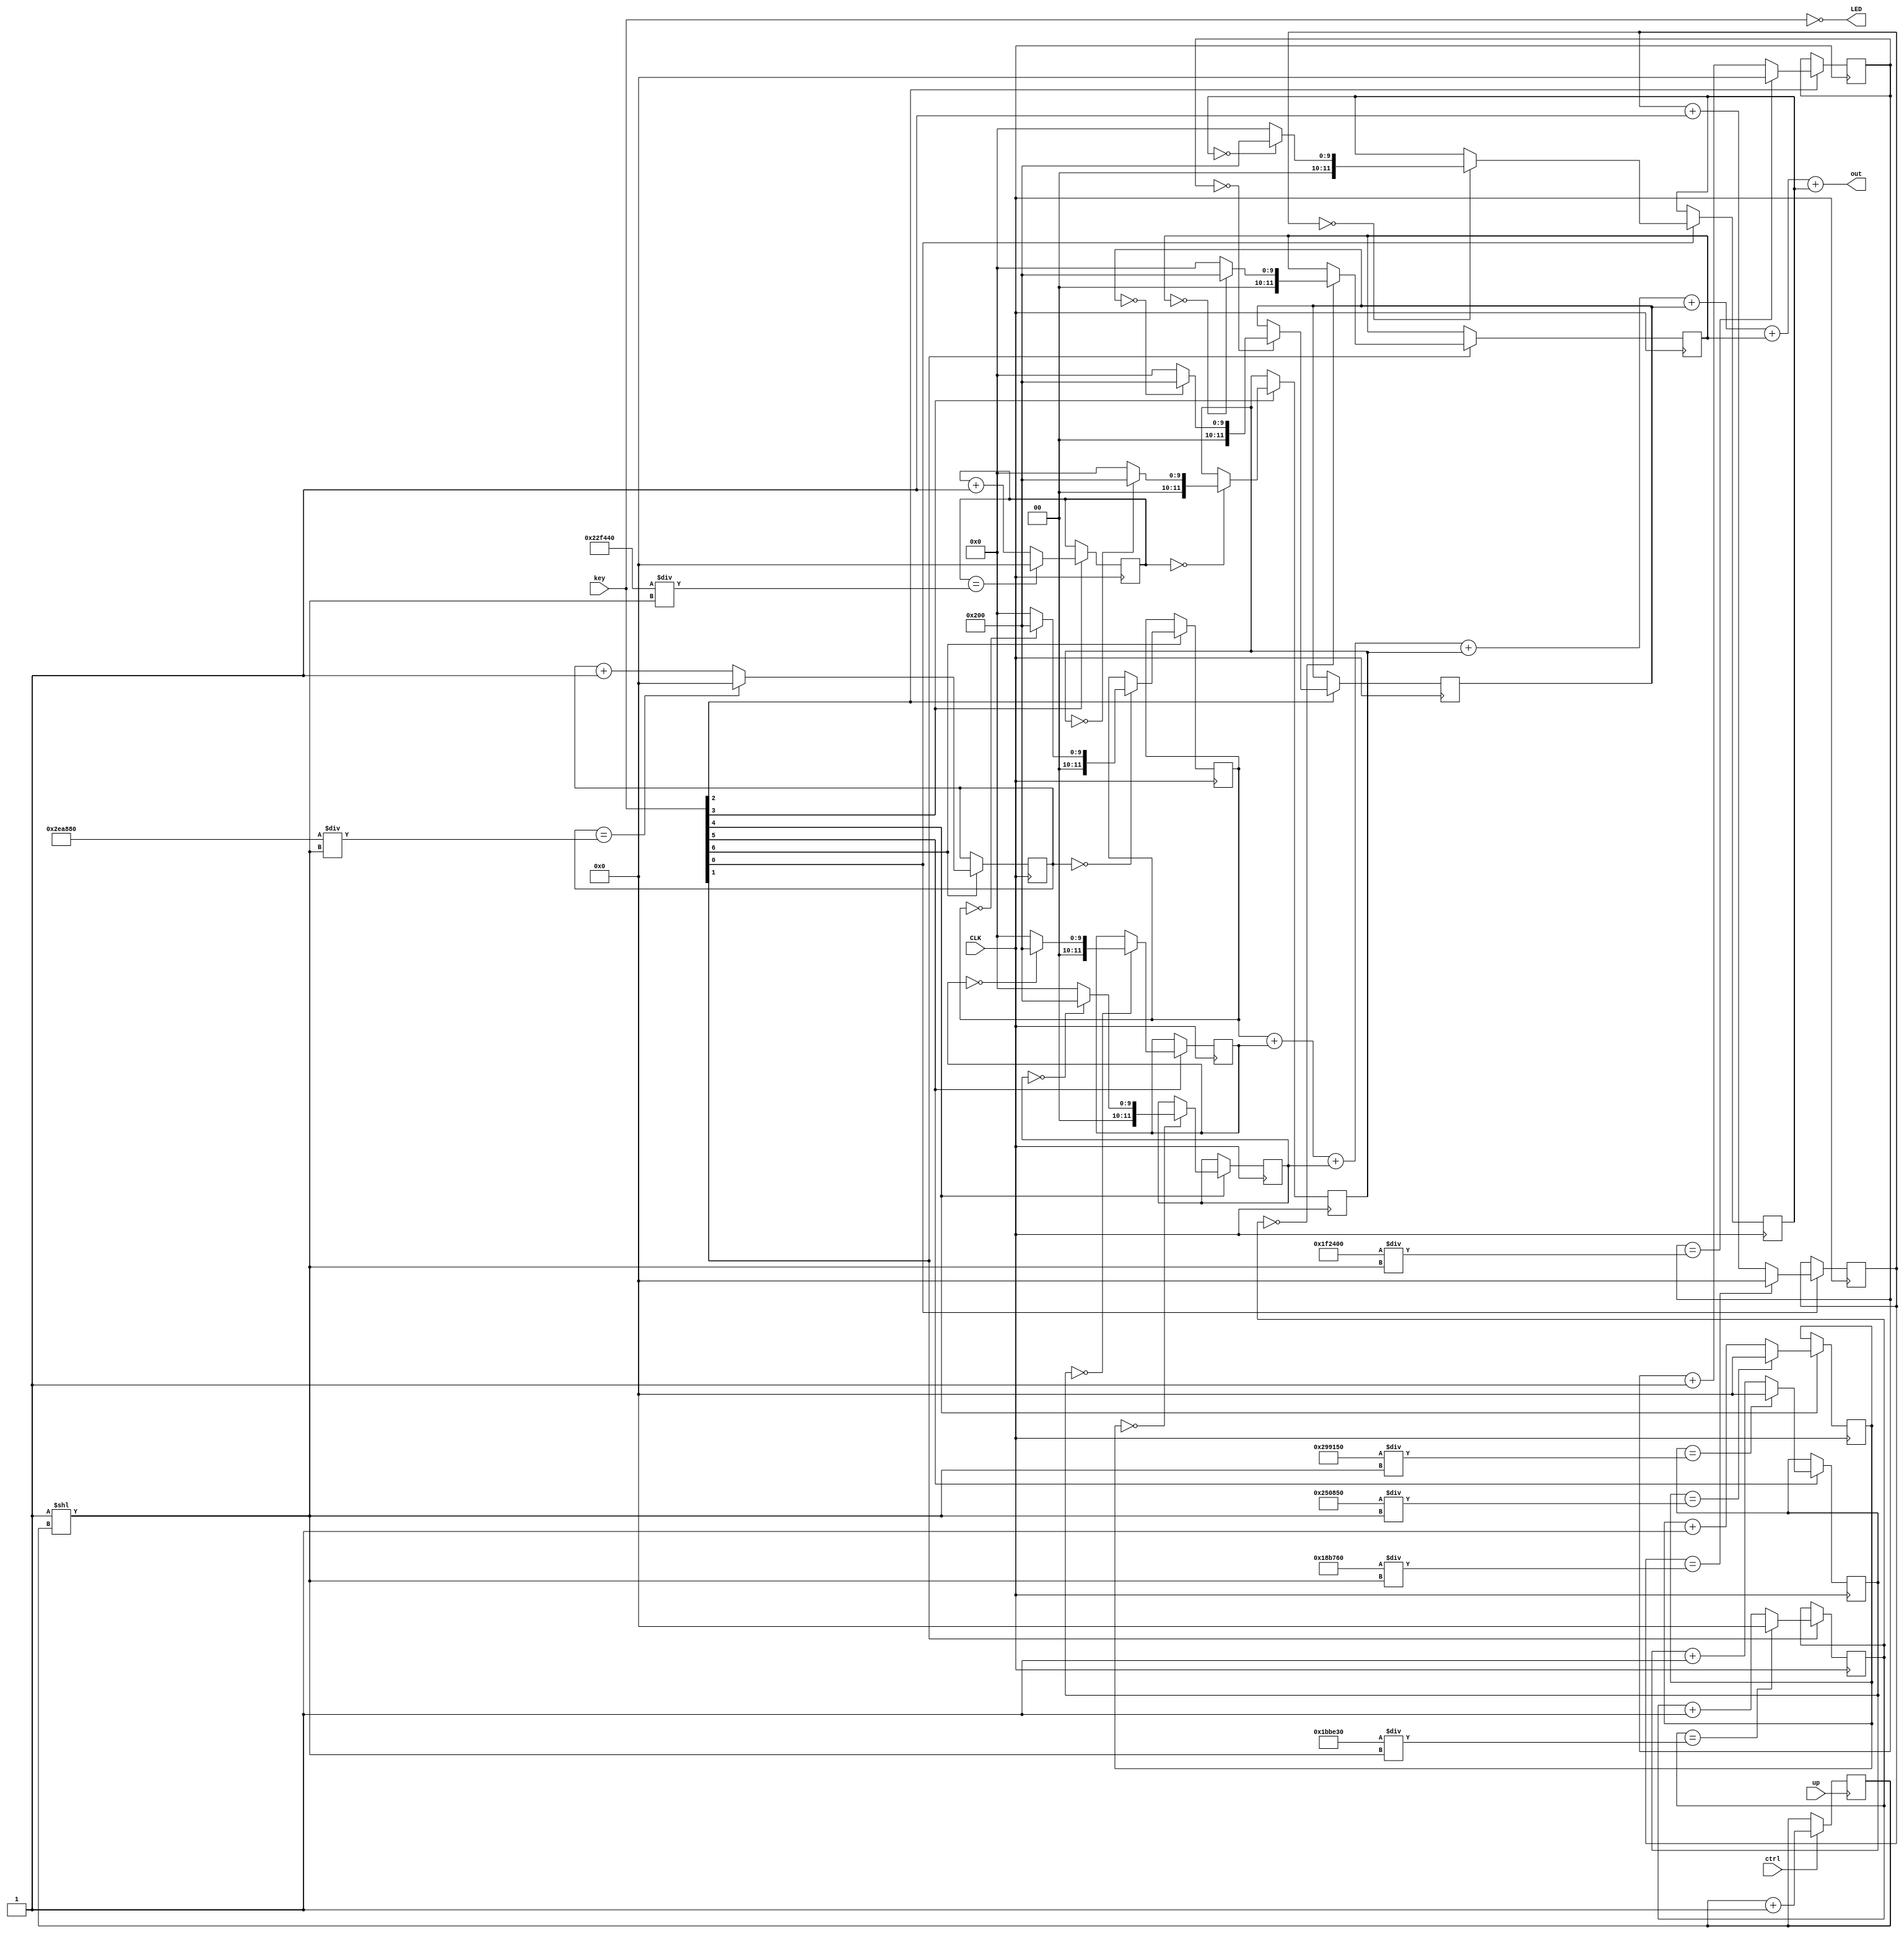
`timescale 1ns / 1ps
//////////////////////////////////////////////////////////////////////////////////
// AY1718 Sem 1 EE2020 Project
// Project Name: Audio Effects
// Module Name: AUDIO_FX_TOP
// Team No.: Wednesday Group 06
// Student Names: Gao Qikai, Li Jiawei
// Matric No.: A0177350E, A0177400M
// Description: Top Module, controlling all others
// 
// Work Distribution:
//////////////////////////////////////////////////////////////////////////////////

module Music_Instrument(
    input CLK,
    input up,          // btnC
    input [6:0] key,
    input ctrl,        // SW[2] which represent the instrumental feature
    output [11:0] out,
    output [6:0] LED
    );
    
    assign LED = ~key;
    
    reg [22:0]counterC=22'b0000000000000000000000;
    reg [22:0]counterD=22'b0000000000000000000000;
    reg [22:0]counterE=22'b0000000000000000000000;
    reg [22:0]counterF=22'b0000000000000000000000;
    reg [22:0]counterG=22'b0000000000000000000000;
    reg [22:0]counterA=22'b0000000000000000000000;
    reg [22:0]counterB=22'b0000000000000000000000;
    
    reg [11:0] soundC = 12'b000000000000;
    reg [11:0] soundD = 12'b000000000000;
    reg [11:0] soundE = 12'b000000000000;
    reg [11:0] soundF = 12'b000000000000;
    reg [11:0] soundG = 12'b000000000000;
    reg [11:0] soundA = 12'b000000000000;
    reg [11:0] soundB = 12'b000000000000;
    
    reg [2:0] factor = 3'b100;
    
    always @ (posedge up) begin
        if (ctrl == 1'b1) begin
            factor = factor + 3'b001;
        end
    end
    
    always @ (posedge CLK) begin
    if(key[6]==1)
        begin             
           counterC <= (counterC == (3057792/(2**factor))) ? 0 : (counterC + 1);
           soundC <= (counterC == 0) ? (soundC == 12'b000000000000) ? 12'b001000000000 : 12'b000000000000
                                    : soundC;
        end
    if(key[5]==1)
        begin                           
            counterD <= (counterD == (2724176/(2**factor))) ? 0 : (counterD + 1);
            soundD <= (counterD == 0) ? (soundD == 12'b000000000000) ? 12'b001000000000 : 12'b000000000000
                                     : soundD;
        end
    if(key[4]==1)
    
        begin                           
                counterE <= (counterE == (2426960/(2**factor))) ? 0 : (counterE + 1);
                soundE <= (counterE == 0) ? (soundE == 12'b000000000000) ? 12'b001000000000 : 12'b000000000000
                                         : soundE;
            end
    if(key[3]==1)
    
         begin                           
                counterF <= (counterF == (2290752/(2**factor))) ? 0 : (counterF + 1);
                soundF <= (counterF == 0) ? (soundF == 12'b000000000000) ? 12'b001000000000 : 12'b000000000000
                                         : soundF;
            end
    if(key[2]==1)
    
          begin                           
                counterG <= (counterG == (2040832/(2**factor))) ? 0 : (counterG + 1);
                soundG <= (counterG == 0) ? (soundG == 12'b000000000000) ? 12'b001000000000 : 12'b000000000000
                                         : soundG;
            end
    if(key[1]==1)
    
           begin                           
                counterA <= (counterA == (1818160/(2**factor))) ? 0 : (counterA + 1);
                soundA <= (counterA == 0) ? (soundA == 12'b000000000000) ? 12'b001000000000 : 12'b000000000000
                                         : soundA;
            end
    if(key[0]==1)
    
            begin                           
                counterB <= (counterB == (1619808/(2**factor))) ? 0 : (counterB + 1);
                soundB <= (counterB == 0) ? (soundB == 12'b000000000000) ? 12'b001000000000 : 12'b000000000000
                                         : soundB;
            end
    end
    assign out = soundC+soundD+soundE+soundF+soundG+soundA+soundB;
endmodule